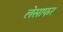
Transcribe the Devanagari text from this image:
लेसाफर